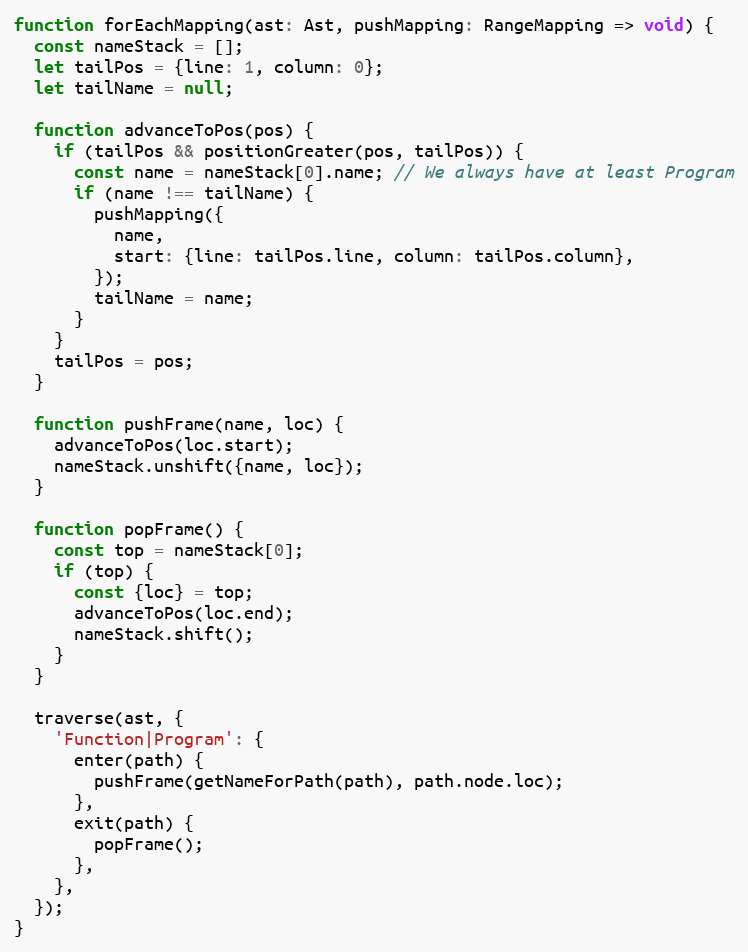
Language: JavaScript
function forEachMapping(ast: Ast, pushMapping: RangeMapping => void) {
  const nameStack = [];
  let tailPos = {line: 1, column: 0};
  let tailName = null;

  function advanceToPos(pos) {
    if (tailPos && positionGreater(pos, tailPos)) {
      const name = nameStack[0].name; // We always have at least Program
      if (name !== tailName) {
        pushMapping({
          name,
          start: {line: tailPos.line, column: tailPos.column},
        });
        tailName = name;
      }
    }
    tailPos = pos;
  }

  function pushFrame(name, loc) {
    advanceToPos(loc.start);
    nameStack.unshift({name, loc});
  }

  function popFrame() {
    const top = nameStack[0];
    if (top) {
      const {loc} = top;
      advanceToPos(loc.end);
      nameStack.shift();
    }
  }

  traverse(ast, {
    'Function|Program': {
      enter(path) {
        pushFrame(getNameForPath(path), path.node.loc);
      },
      exit(path) {
        popFrame();
      },
    },
  });
}